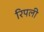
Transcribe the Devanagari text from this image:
रिपली